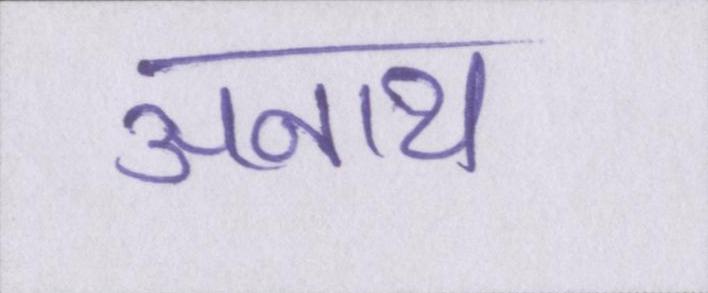
अनाथ